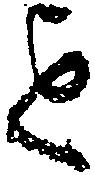
を